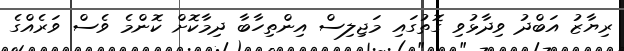
ރިޔާޒު އަބްދު ވިދާޅުވި ގޮތުގައި މަޖިލިސް އިންތިހާބާ ދިމާކޮށް ކޮންމެ ވެސް ވަރެއްގެ